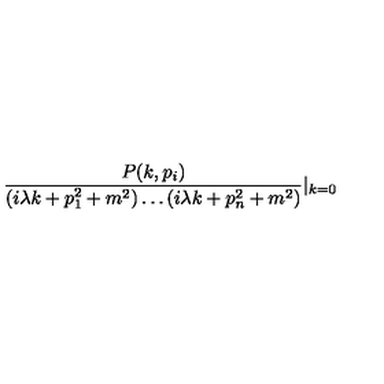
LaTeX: \frac { P ( k , p _ { i } ) } { ( i \lambda k + p _ { 1 } ^ { 2 } + m ^ { 2 } ) \ldots ( i \lambda k + p _ { n } ^ { 2 } + m ^ { 2 } ) } | _ { k = 0 }